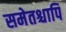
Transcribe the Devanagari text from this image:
समेतश्चापि